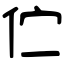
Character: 伫